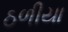
ઠળીયા